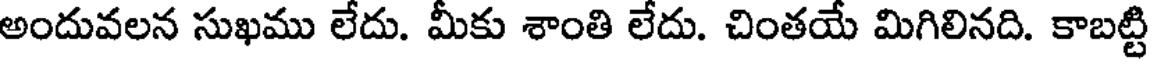
అందువలన సుఖము లేదు. మీకు శాంతి లేదు. చింతయే మిగిలినది. కాబట్టి